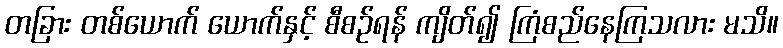
တခြား တစ်ယောက် ယောက်နှင့် စီစဉ်ရန် ကျိတ်၍ ကြံစည်နေကြသလား မသိ။